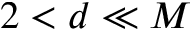
2 < d \ll M